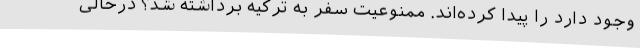
وجود دارد را پیدا کرده‌اند. ممنوعیت سفر به ترکیه برداشته شد؟ درحالی